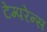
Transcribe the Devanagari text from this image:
टेम्परेन्स